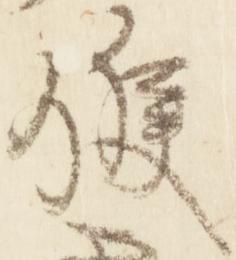
候